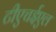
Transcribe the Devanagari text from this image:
टीएचईएल